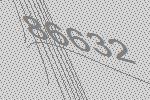
86632